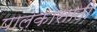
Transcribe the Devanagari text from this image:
पालकासाठी